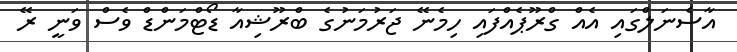
އާސެނަލްގައި އެއް ގްރޫޕެއްފައި ހިމެނޭ ޖަރުމަނުގެ ބްރޫޝިއާ ޑޯޓްމަންޑް ވެސް ވަނީ ރޭ